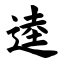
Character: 逵